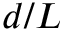
d / L